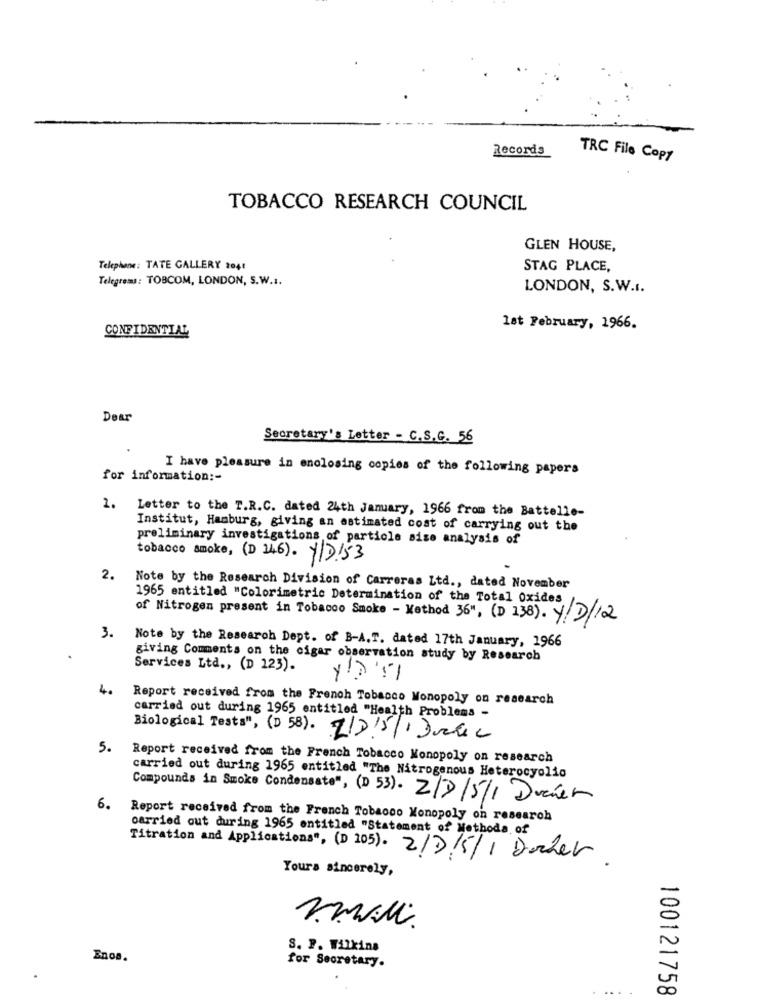
Records
TRC File Copy
TOBACCO RESEARCH COUNCIL
GLEN HOUSE,
Telephone: TATE GALLERY 2041
STAG PLACE,
Telegrams: TOBCOM, LONDON, S.W.I.
LONDON, S.W.I.
CONFIDENTIAL
lat February, 1966.
Dear
Secretary's Letter - C.S.G. 56
I have pleasure in enclosing copies of the following papers
for information :-
2.
Letter to the T.R.C. dated 24th January, 1966 from the Battelle-
Institut, Hamburg, giving an estimated cost of carrying out the
preliminary investigations of particle sise analysis of
tobacco smoke, (D 146). y/D153
2.
Note by the Research Division of Carreras Ltd ., dated November
1965 entitled "Colorimetric Determination of the Total Oxides
of Nitrogen present in Tobacco Smoke - Method 36", (D 138). Y/D/12
3.
Note by the Research Dept. of B-A.T. dated 17th January, 1966
giving Comments on the cigar observation study by Research
Services Ltd ., (D 123).
4.
Report received from the French Tobacco Monopoly on research
carried out during 1965 entitled "Health Problems -
Biological Tests", (D 58). 21315/ Date
5.
Report received from the French Tobacco Monopoly on research
carried out during 1965 entitled "The Nitrogenous Heterocyolio
Compounds in Smoke Condensator, (D 53). 2/7/5/1 Drawer
6.
Report received from the French Tobacco Monopoly on research
carried out during 1965 entitled "Statement of Methoda of
Titration and Applications", (D 105). 2/7/5/1 Docker
Yours sincerely,
S. P. Wilkins
Enos.
for Secretary.
... .
100121758